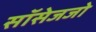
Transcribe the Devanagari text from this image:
सॉसेजजो